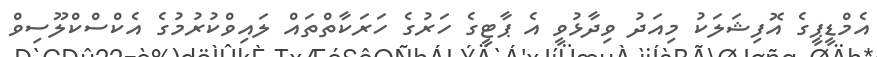
އެމްޑީޕީގެ އޮފިިޝަލަކު މިއަދު ވިދާޅުވީ އެ ޕާޓީގެ ހަރުގެ ހަރަކާތްތައް ލައިވްކުރުމުގެ އެކްސްކްލޫސިވް